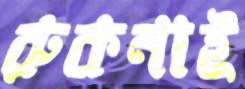
রুকনাই